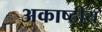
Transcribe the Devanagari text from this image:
अकाष्ठीय